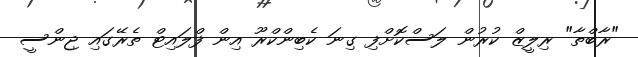
"ރާބްތާ" ރިލީޒް ކުރުން ލަސްކޮށްފި ގިނަ ކެބިންކްރޫ އިން ފްލައިޓް ތެރޭގައި ޖިންސީ